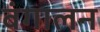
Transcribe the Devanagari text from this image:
बंगालन